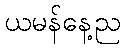
ယမန်နေ့ည